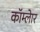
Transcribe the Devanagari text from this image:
कॉम्लेार